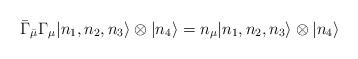
LaTeX: \begin{align*}\bar{\Gamma}_{\bar\mu}\Gamma_{\mu}|n_1,n_2,n_3\rangle \otimes |n_4\rangle=n_\mu|n_1,n_2,n_3\rangle \otimes |n_4 \rangle \end{align*}